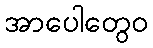
အာပေါတွေဝ